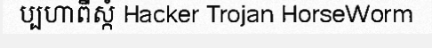
ប្បហាពីស្កំ Hacker Trojan HorseWorm